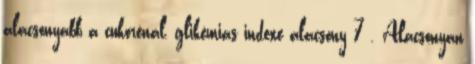
alacsonyabb a cukorénál, glikémiás indexe alacsony 7 . Alacsonyan